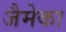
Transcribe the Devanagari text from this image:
जैमेका